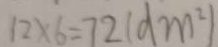
1 2 \times 6 = 7 2 ( d m ^ { 2 } )